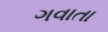
ગવાતા